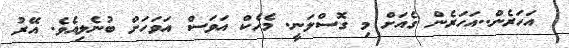
އަހަރެން..އަހަރެން ގެއަށް މި ގޮސްލަނީ. މެހެކް އަވަސް އަވަހަށް ބުނެލިއެވެ. އޭރު